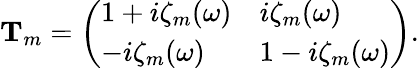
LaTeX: \begin{array}{r}{\mathbf T_{m}=\left(\begin{array}{ll}{1+i\zeta_{m}(\omega)}&{i\zeta_{m}(\omega)}\\ {-i\zeta_{m}(\omega)}&{1-i\zeta_{m}(\omega)}\end{array}\right).}\end{array}